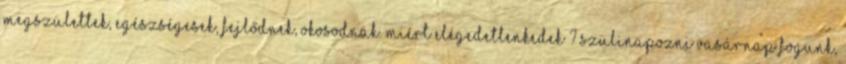
Megszülettek, egészségesek, fejlődnek, okosodnak. Miért elégedetlenkedek ? Szülinapozni vasárnap fogunk,